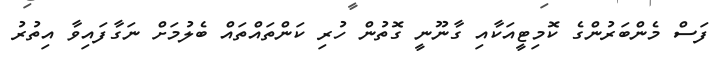
ފަސް މެންބަރުންގެ ކޮމިޓީއަކާއި ގާނޫނީ ގޮތުން ހުރި ކަންތައްތައް ބެލުމަށް ނަގާފައިވާ އިތުރު